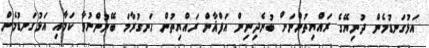
އަޅުގަނޑުމެން ދުނިޔޭގެ ރައްޔިތުންނަށް ބުނެދިނިން އަފްޣާން ރައްޔިތުން ހަނގުރާމަ ބޭނުންނުވާ ކަމާއި އަޅުގަނޑުމެން